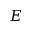
E